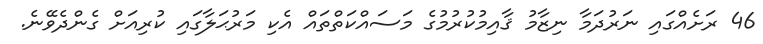
46 ރަށެއްގައި ނަރުދަމާ ނިޒާމު ޤާއިމުކުރުމުގެ މަސައްކަތްތައް އެކި މަރުޙަލާގައި ކުރިއަށް ގެންދެވޭނެ.